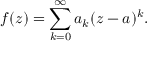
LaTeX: f ( z ) = \sum _ { k = 0 } ^ { \infty } a _ { k } ( z - a ) ^ { k } .